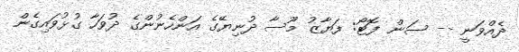
ދެއްވަނީ -- ސަން ފޮޓޯ: ފަޔާޒު މޫސާ ދުނިޔޭގެ އަންހެނުންގެ ދުވަހާ ގުޅުވައިގެން